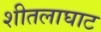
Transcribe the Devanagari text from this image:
शीतलाघाट